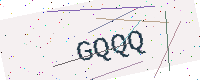
Text: GQQQ